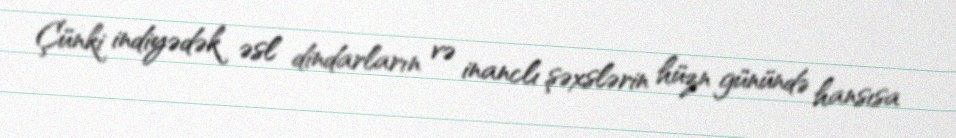
Çünki indiyədək əsl dindarların və inanclı şəxslərin hüzn günündə hansısa